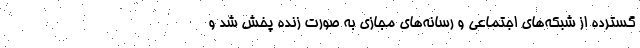
گسترده از شبکه‌های اجتماعی و رسانه‌های مجازی به صورت زنده پخش شد و